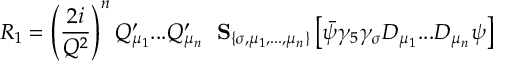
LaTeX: R _ { 1 } = \left( \frac { 2 i } { Q ^ { 2 } } \right) ^ { n } Q _ { \mu _ { 1 } } ^ { \prime } . . . Q _ { \mu _ { n } } ^ { \prime } \; \mathrm { \bf ~ S } _ { \{ \sigma , \mu _ { 1 } , . . . , \mu _ { n } \} } \left[ \bar { \psi } \gamma _ { 5 } \gamma _ { \sigma } D _ { \mu _ { 1 } } . . . D _ { \mu _ { n } } \psi \right]